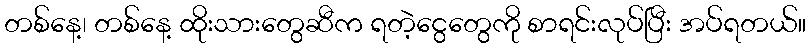
တစ်နေ့၊ တစ်နေ့ ထိုးသားတွေဆီက ရတဲ့ငွေတွေကို စာရင်းလုပ်ပြီး အပ်ရတယ်။